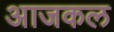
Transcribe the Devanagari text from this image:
अाजकल